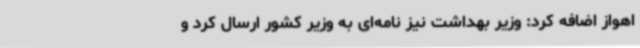
اهواز اضافه کرد: وزیر بهداشت نیز نامه‌ای به وزیر کشور ارسال کرد و